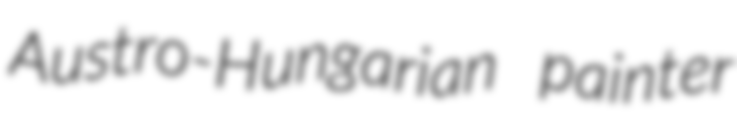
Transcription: Austro-Hungarian painter